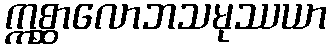
ဣစ္ဆာလောဘသမုဿယာ